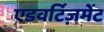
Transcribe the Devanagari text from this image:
एडवर्टिज़मेंट